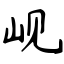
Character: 岘